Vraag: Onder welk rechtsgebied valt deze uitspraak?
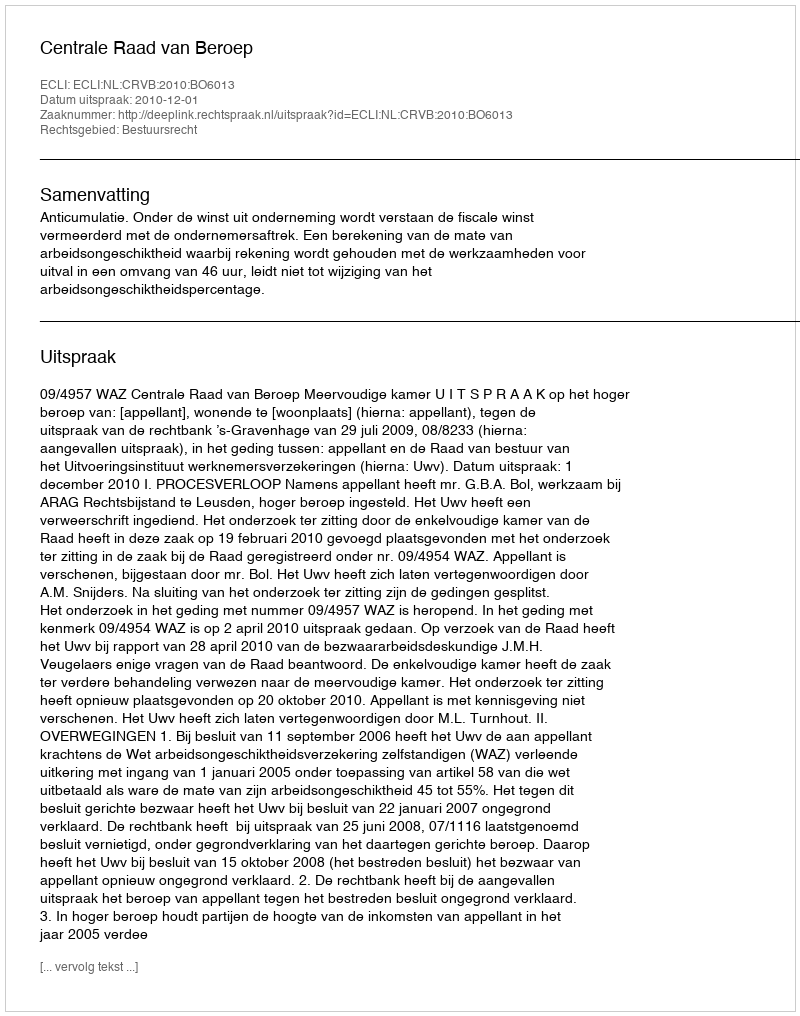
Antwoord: Bestuursrecht